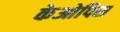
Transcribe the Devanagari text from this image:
केओपिस